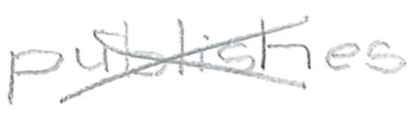
Text: publishes
Cross-out: cross
Writing tool: pencil